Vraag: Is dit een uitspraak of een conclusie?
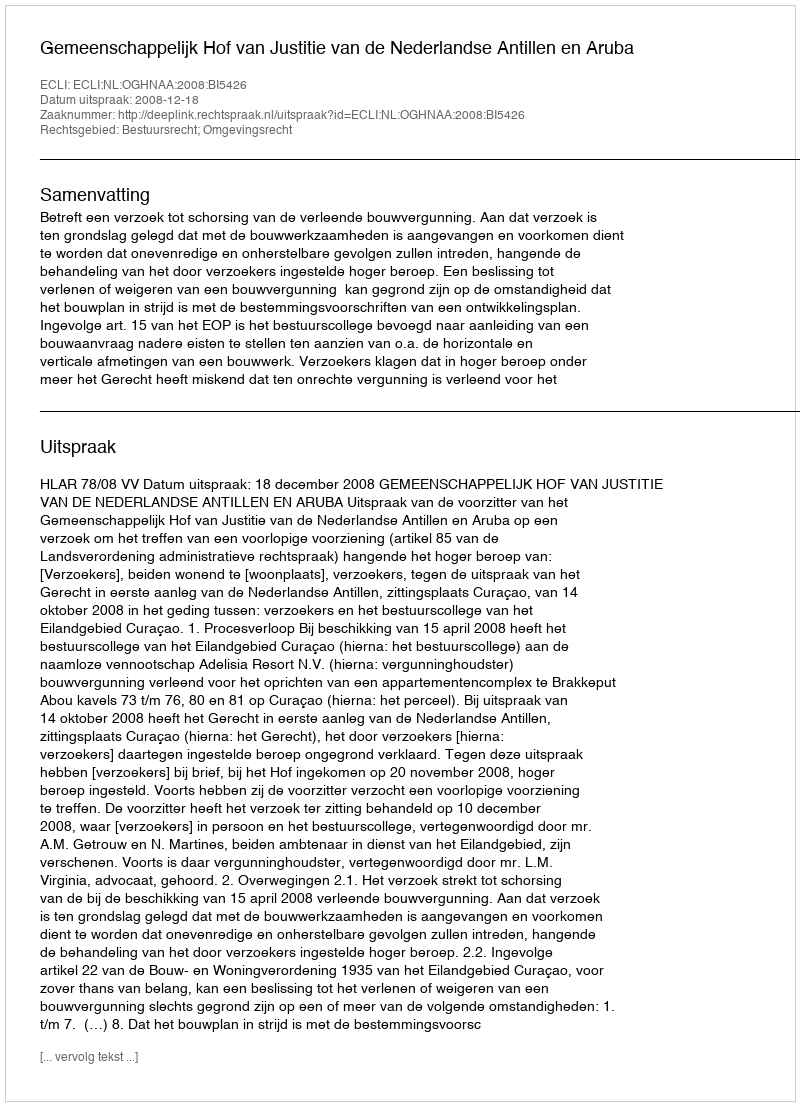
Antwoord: Uitspraak